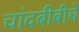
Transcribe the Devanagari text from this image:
चांदबीबीचे